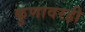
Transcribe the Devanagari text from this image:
कुणावरही